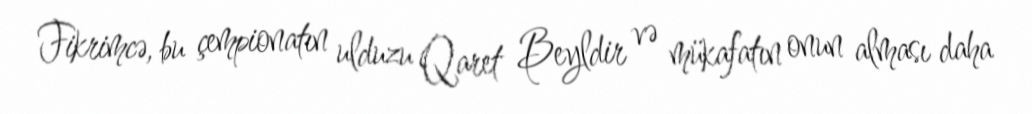
Fikrimcə, bu çempionatın ulduzu Qaret Beyldir və mükafatın onun alması daha